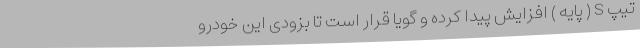
تیپ S ( پایه ) افزایش پیدا کرده و گویا قرار است تا بزودی این خودرو